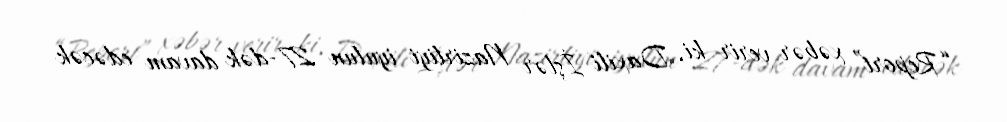
“Report” xəbər verir ki, Daxili İşlər Nazirliyi iyulun 27-dək davam edəcək